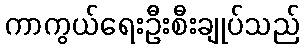
ကာကွယ်ရေးဦးစီးချုပ်သည်